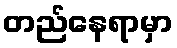
တည်နေရာမှာ